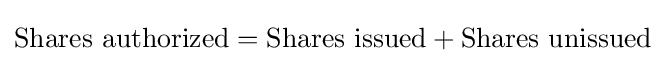
{\rm {{Shares\ authorized}={\rm {{Shares\ issued}+{\rm {Shares\ unissued}}}}}}